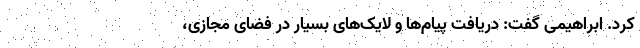
کرد. ابراهیمی گفت: دریافت پیام‌ها و لایک‌های بسیار در فضای مجازی،